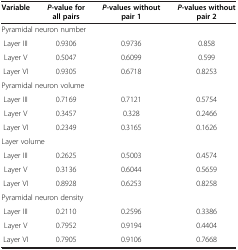
<table><thead><tr><td><b>Variable</b></td><td><b><i>P</i>-value for all pairs</b></td><td><b><i>P</i>-values without pair 1</b></td><td><b><i>P</i>-values without pair 2</b></td></tr></thead><tbody><tr><td colspan="4">Pyramidal neuron number</td></tr><tr><td> Layer III</td><td>0.9306</td><td>0.9736</td><td>0.858</td></tr><tr><td> Layer V</td><td>0.5047</td><td>0.6099</td><td>0.599</td></tr><tr><td> Layer VI</td><td>0.9305</td><td>0.6718</td><td>0.8253</td></tr><tr><td colspan="4">Pyramidal neuron volume</td></tr><tr><td> Layer III</td><td>0.7169</td><td>0.7121</td><td>0.5754</td></tr><tr><td> Layer V</td><td>0.3457</td><td>0.328</td><td>0.2466</td></tr><tr><td> Layer VI</td><td>0.2349</td><td>0.3165</td><td>0.1626</td></tr><tr><td colspan="4">Layer volume</td></tr><tr><td> Layer III</td><td>0.2625</td><td>0.5003</td><td>0.4574</td></tr><tr><td> Layer V</td><td>0.3136</td><td>0.6044</td><td>0.5659</td></tr><tr><td> Layer VI</td><td>0.8928</td><td>0.6253</td><td>0.8258</td></tr><tr><td colspan="4">Pyramidal neuron density</td></tr><tr><td> Layer III</td><td>0.2110</td><td>0.2596</td><td>0.3386</td></tr><tr><td> Layer V</td><td>0.7952</td><td>0.9194</td><td>0.4404</td></tr><tr><td> Layer VI</td><td>0.7905</td><td>0.9106</td><td>0.7668</td></tr></tbody></table>